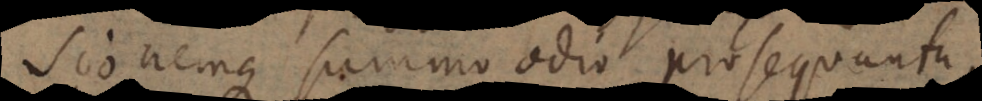
sionemque summo odio prosequunt